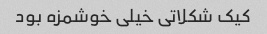
کیک شکلاتی خیلی خوشمزه بود